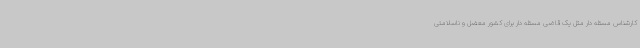
کارشناس مسئله دار مثل یک قاضی مسئله دار برای کشور معضل و ناسلامتی